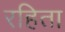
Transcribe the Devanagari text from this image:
रहिता